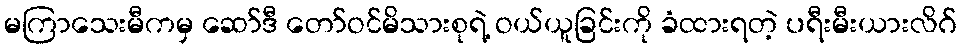
မကြာသေးမီကမှ ဆော်ဒီ တော်ဝင်မိသားစုရဲ့ ဝယ်ယူခြင်းကို ခံထားရတဲ့ ပရီးမီးယားလိဂ်